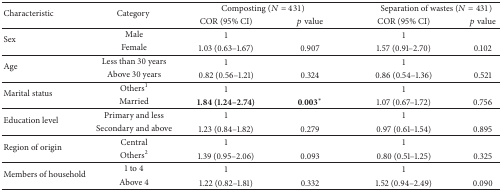
| <ROWSPAN=2> Characteristic | <ROWSPAN=2> Category | <COLSPAN=2> Composting (N = 431) | <COLSPAN=2> Separation of wastes (N = 431) |
 | COR (95% CI) | p value | COR (95% CI) | p value |
 | --- | --- | --- | --- | --- | --- |
 | <ROWSPAN=2> Sex | Male | 1 |  | 1 |  |
 | Female | 1.03 (0.63–1.67) | 0.907 | 1.57 (0.91–2.70) | 0.102 |
 | <ROWSPAN=2> Age | Less than 30 years | 1 |  | 1 |  |
 | Above 30 years | 0.82 (0.56–1.21) | 0.324 | 0.86 (0.54–1.36) | 0.521 |
 | <ROWSPAN=2> Marital status | Others1 | 1 |  | 1 |  |
 | Married | 1.84 (1.24–2.74) | 0.003∗ | 1.07 (0.67–1.72) | 0.756 |
 | <ROWSPAN=2> Education level | Primary and less | 1 |  | 1 |  |
 | Secondary and above | 1.23 (0.84–1.82) | 0.279 | 0.97 (0.61–1.54) | 0.895 |
 | <ROWSPAN=2> Region of origin | Central | 1 |  | 1 |  |
 | Others2 | 1.39 (0.95–2.06) | 0.093 | 0.80 (0.51–1.25) | 0.325 |
 | <ROWSPAN=2> Members of household | 1 to 4 | 1 |  | 1 |  |
 | Above 4 | 1.22 (0.82–1.81) | 0.332 | 1.52 (0.94–2.49) | 0.090 |